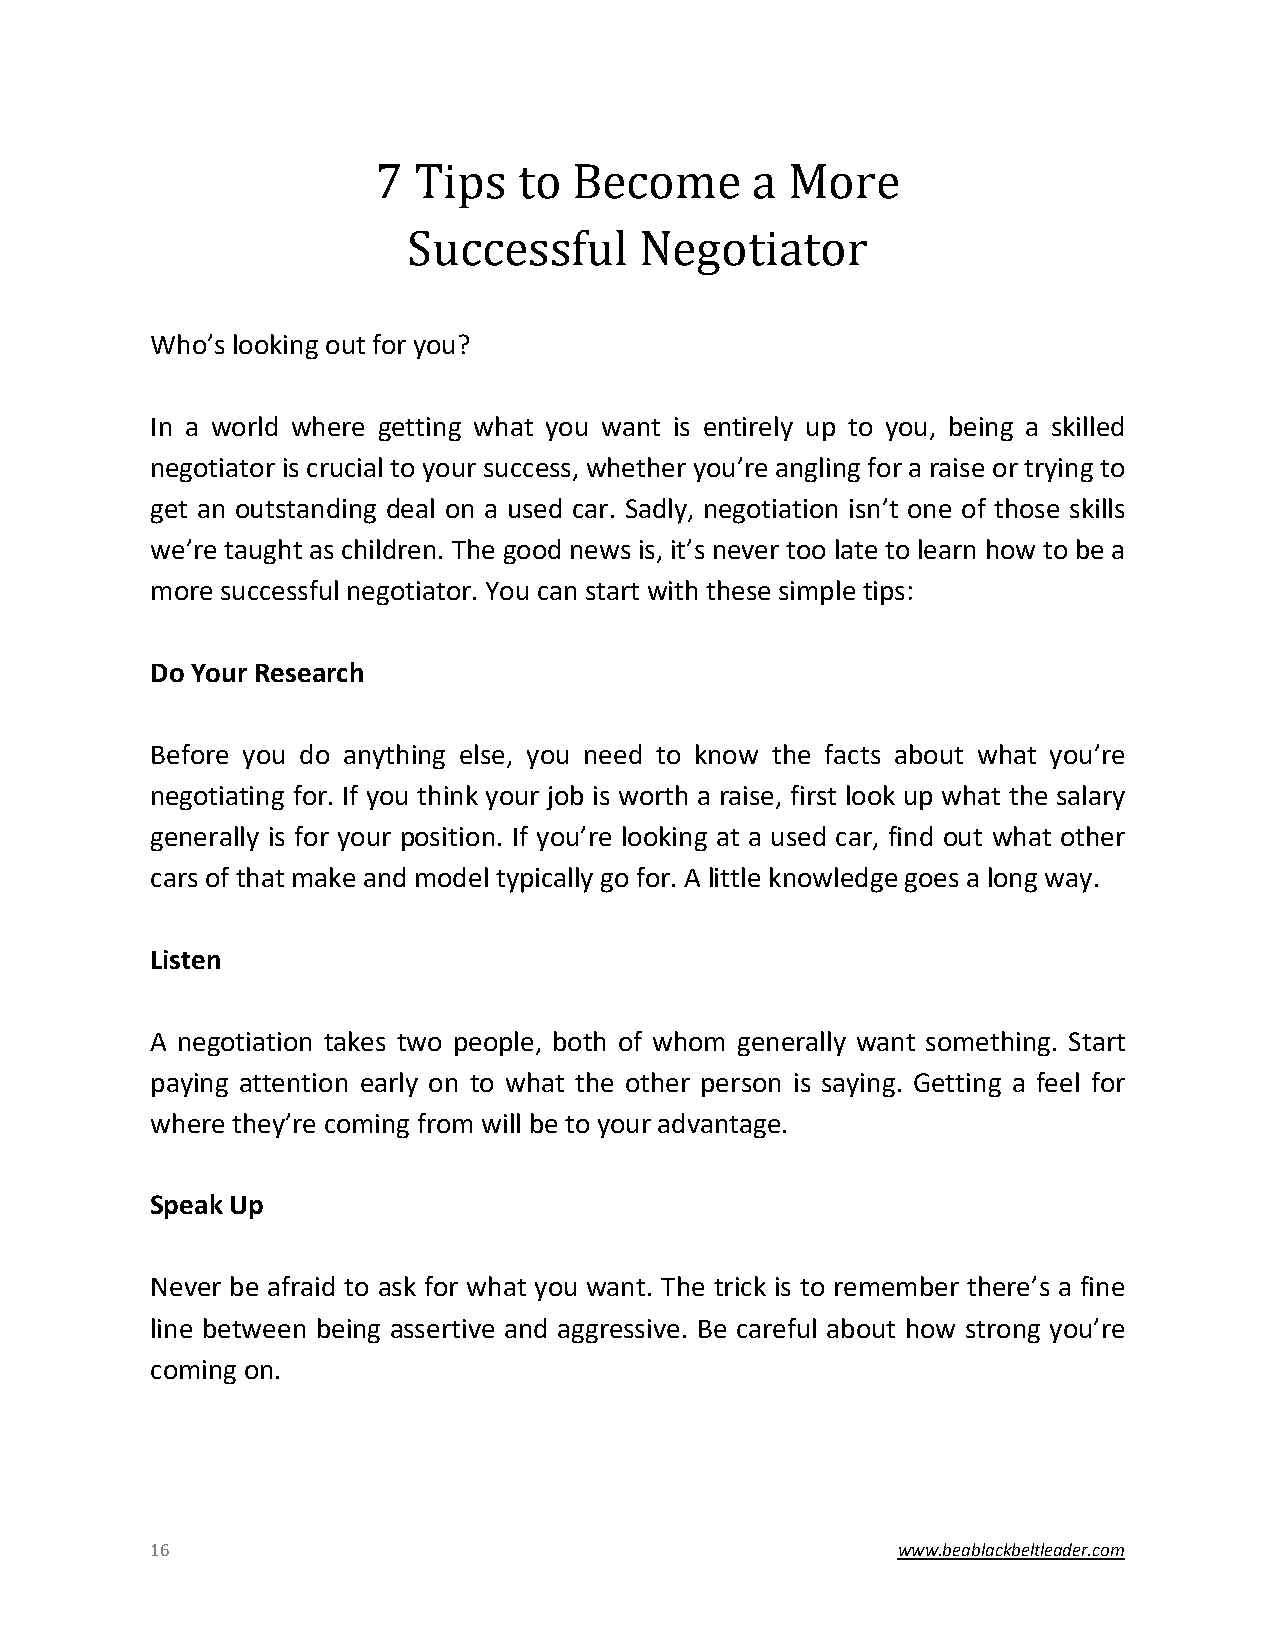
7 Tips   to  Become      a More
 Successful     Negotiator
 Who’s looking out for you?
 In a world where getting what you want is entirely up to you, being a skilled
 negotiator is crucial to your success, whether you’re angling for a raise or trying to
 get an outstanding deal on a used car. Sadly, negotiation isn’t one of those skills
 we’re taught as children. The good news is, it’s never too late to learn how to be a
 more successful negotiator. You can start with these simple tips:
 Do Your Research
 Before you do anything else, you need to know the facts about what you’re
 negotiating for. If you think your job is worth a raise, first look up what the salary
 generally is for your position. If you’re looking at a used car, find out what other
 cars of that make and model typically go for. A little knowledge goes a long way.
 Listen
 A negotiation takes two people, both of whom generally want something. Start
 paying attention early on to what the other person is saying. Getting a feel for
 where they’re coming from will be to your advantage.
 Speak Up
 Never be afraid to ask for what you want. The trick is to remember there’s a fine
 line between being assertive and aggressive. Be careful about how strong you’re
 coming on.
 16                                               www.beablackbeltleader.com